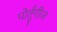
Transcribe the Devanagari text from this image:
पोर्तुंगीज